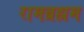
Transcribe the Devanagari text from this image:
रामब्रह्मम